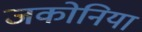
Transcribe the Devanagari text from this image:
जकोनिया